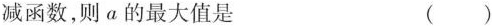
减函数，则a的最大值是 ()